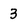
Character: 3